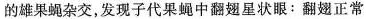
的雄果蝇杂交，发现子代果蝇中翻翅星状眼：翻翅正常